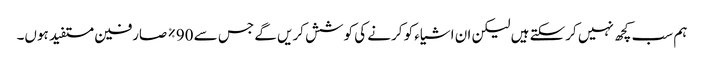
ہم سب کچھ نہیں کرسکتے ہیں لیکن ان اشیاء کو کرنے کی کوشش کریں گے جس سے 90٪ صارفین مستفید ہوں۔